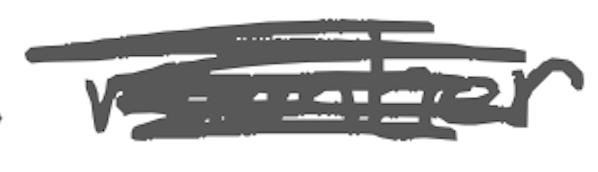
Text: member
Cross-out: scratch
Writing tool: digital_gray